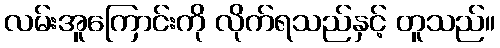
လမ်းအူကြောင်းကို လိုက်ရသည်နှင့် တူသည်။